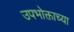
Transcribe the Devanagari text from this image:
उपभोक्ताच्या